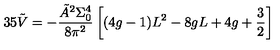
3 5 \tilde { V } = - \frac { \tilde { A } ^ { 2 } \Sigma _ { 0 } ^ { 4 } } { 8 \pi ^ { 2 } } \left[ ( 4 g - 1 ) L ^ { 2 } - 8 g L + 4 g + \frac { 3 } { 2 } \right]